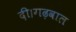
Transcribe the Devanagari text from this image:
दी।गढ़वाल